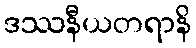
ဒဿနီယတရာနိ